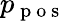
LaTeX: p_{\mathrm{~p~o~s~}}